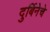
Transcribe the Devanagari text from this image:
दुर्बिनेचे